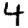
Digit: 4